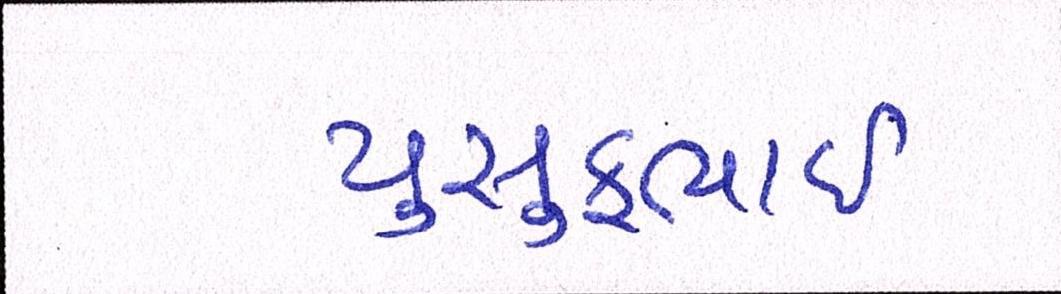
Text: યુસુફભાઈ